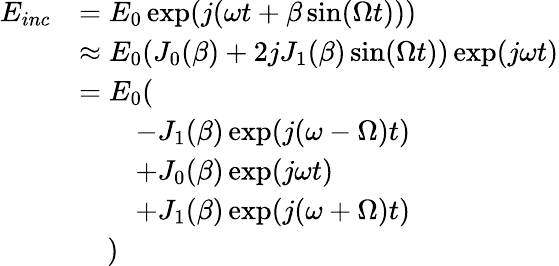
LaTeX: \begin{array}{rl}{E_{inc}}&{=E_{0}\exp(j(\omega t+\beta\sin(\Omega t)))}\\ &{\approx E_{0}(J_{0}(\beta)+2jJ_{1}(\beta)\sin(\Omega t))\exp(j\omega t)}\\ &{=E_{0}(}\\ &{\quad\quad-J_{1}(\beta)\exp(j(\omega-\Omega)t)}\\ &{\quad\quad+J_{0}(\beta)\exp(j\omega t)}\\ &{\quad\quad+J_{1}(\beta)\exp(j(\omega+\Omega)t)}\\ &{\quad)}\end{array}